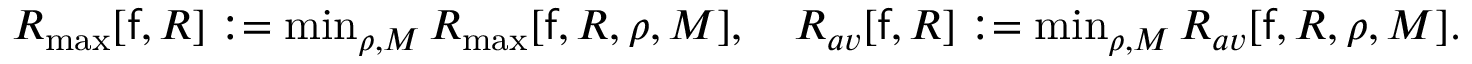
\begin{array} { r } { { \cal R } _ { \operatorname* { m a x } } [ \mathsf { f } , R ] : = \operatorname* { m i n } _ { \rho , { \cal M } } { \cal R } _ { \operatorname* { m a x } } [ \mathsf { f } , R , \rho , { \cal M } ] , \quad { \cal R } _ { a v } [ \mathsf { f } , R ] : = \operatorname* { m i n } _ { \rho , { \cal M } } { \cal R } _ { a v } [ \mathsf { f } , R , \rho , { \cal M } ] . } \end{array}